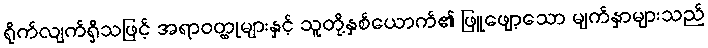
ရိုက်လျက်ရှိသဖြင့် အရာဝတ္ထုများနှင့် သူတို့နှစ်ယောက်၏ ဖြူဖျော့သော မျက်နှာများသည်